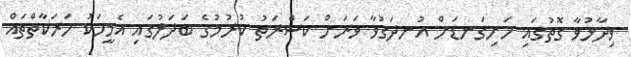
ވިދާޅުވާ ގޮތުގައި ހަށިގަނޑަށް އުނދަގުވާ ވަރަށް ކަސްރަތު ކުރުމުގެ ބަދަލުގައި އެމީހަކު ހަރަކާތްތައް